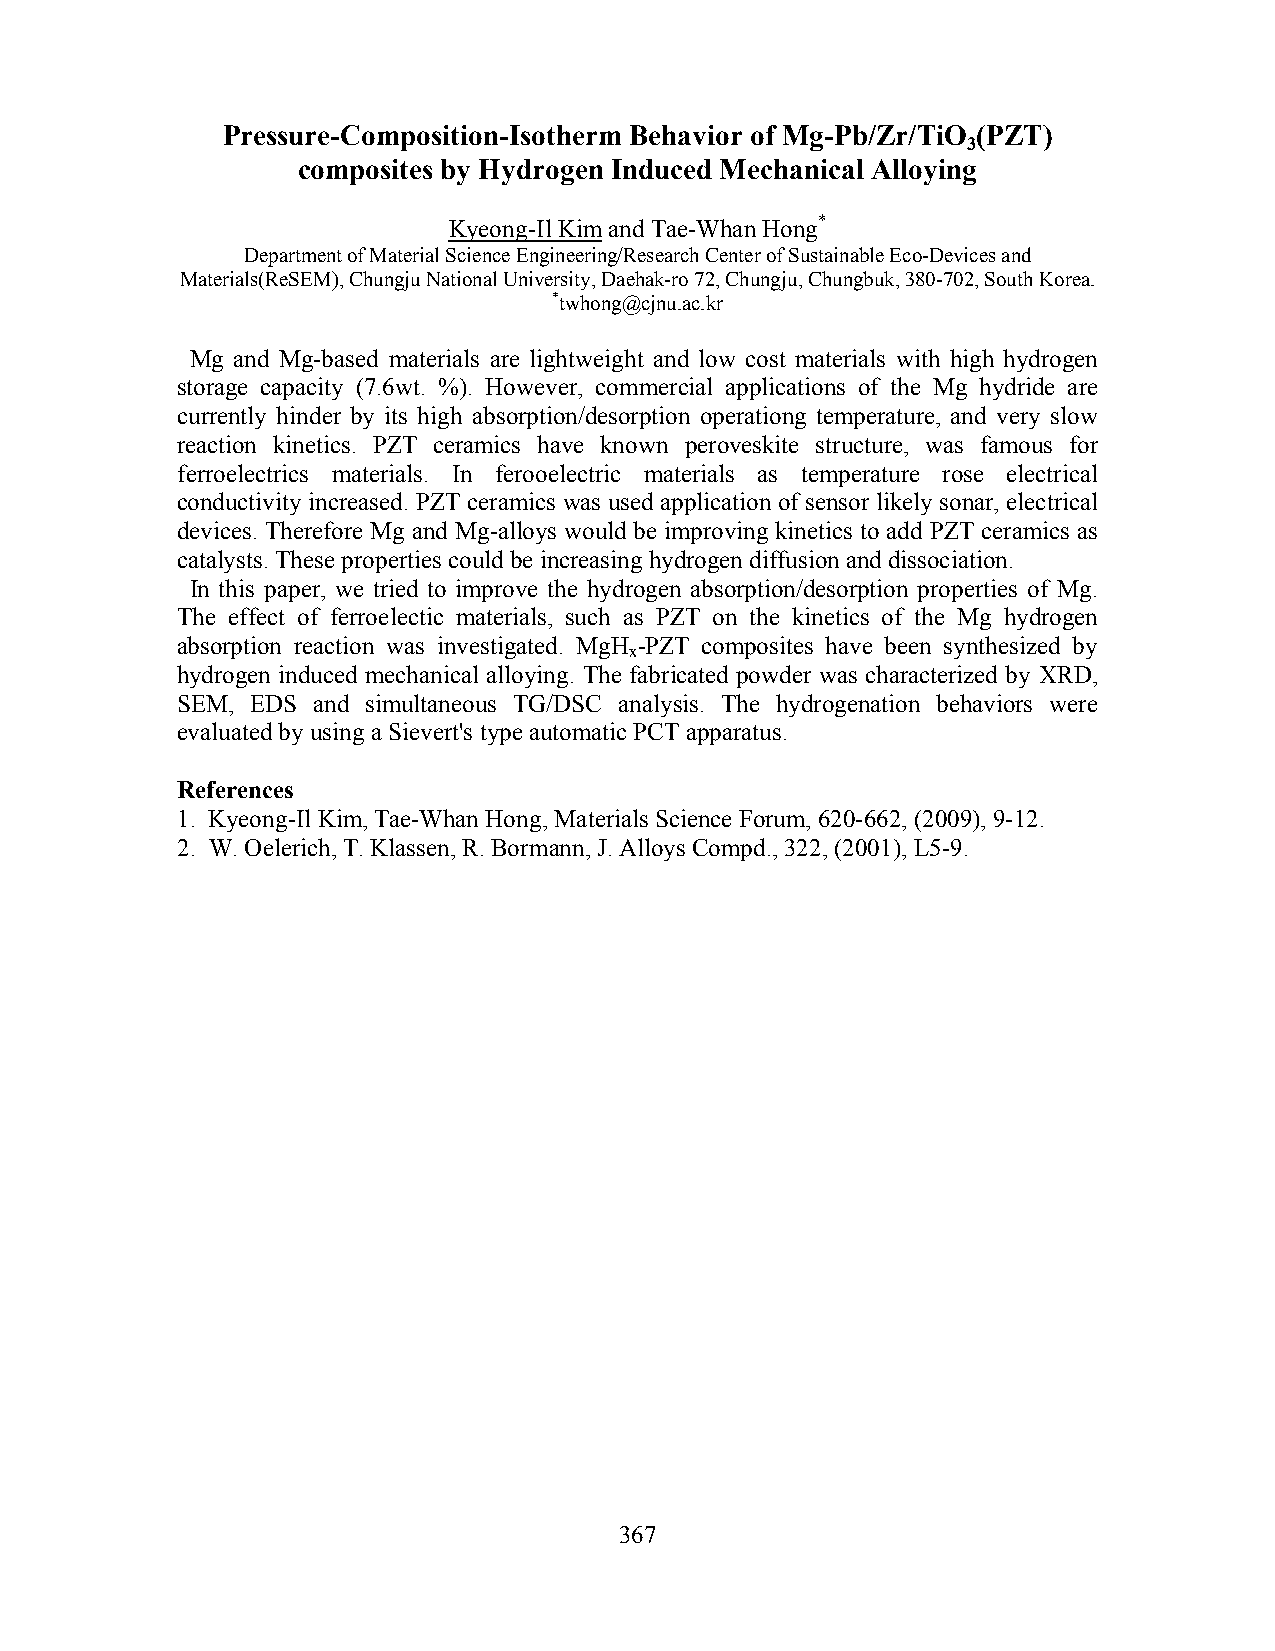
Pressure-Composition-Isotherm Behavior of Mg-Pb/Zr/TiO (PZT)
 3
 composites by Hydrogen Induced Mechanical Alloying
 Kyeong-Il Kim and Tae-Whan Hong*
 Department of Material Science Engineering/Research Center of Sustainable Eco-Devices and
 Materials(ReSEM), Chungju National University, Daehak-ro 72, Chungju, Chungbuk, 380-702, South Korea.
 *twhong@cjnu.ac.kr
 Mg and Mg-based materials are lightweight and low cost materials with high hydrogen
 storage capacity (7.6wt. %). However, commercial applications of the Mg hydride are
 currently hinder by its high absorption/desorption operationg temperature, and very slow
 reaction kinetics. PZT ceramics have known peroveskite structure, was famous for
 ferroelectrics materials. In ferooelectric materials as temperature rose electrical
 conductivity increased. PZT ceramics was used application of sensor likely sonar, electrical
 devices. Therefore Mg and Mg-alloys would be improving kinetics to add PZT ceramics as
 catalysts. These properties could be increasing hydrogen diffusion and dissociation.
 In this paper, we tried to improve the hydrogen absorption/desorption properties of Mg.
 The effect of ferroelectic materials, such as PZT on the kinetics of the Mg hydrogen
 absorption reaction was investigated. MgH -PZT composites have been synthesized by
 x
 hydrogen induced mechanical alloying. The fabricated powder was characterized by XRD,
 SEM, EDS and simultaneous TG/DSC analysis. The hydrogenation behaviors were
 evaluated by using a Sievert's type automatic PCT apparatus.
 References
 1. Kyeong-Il Kim, Tae-Whan Hong, Materials Science Forum, 620-662, (2009), 9-12.
 2. W. Oelerich, T. Klassen, R. Bormann, J. Alloys Compd., 322, (2001), L5-9.
 367